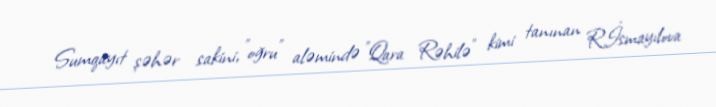
Sumqayıt şəhər sakini, "oğru" aləmində "Qara Rəhilə" kimi tanınan R.İsmayılova